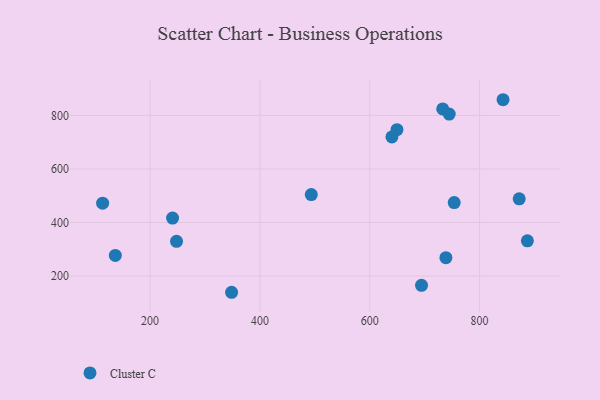
{"axis": {"x": "Investment", "y": "Demand"}, "legend": ["Cluster C"], "data": [{"x": "694.3", "y": 165.2, "type": "Cluster C"}, {"x": "493.5", "y": 504.5, "type": "Cluster C"}, {"x": "732.9", "y": 824.1, "type": "Cluster C"}, {"x": "753.8", "y": 474.6, "type": "Cluster C"}, {"x": "348.4", "y": 139.4, "type": "Cluster C"}, {"x": "136.6", "y": 276.9, "type": "Cluster C"}, {"x": "842.8", "y": 858.6, "type": "Cluster C"}, {"x": "744.7", "y": 805.1, "type": "Cluster C"}, {"x": "649.6", "y": 746.9, "type": "Cluster C"}, {"x": "738.7", "y": 268.6, "type": "Cluster C"}, {"x": "248.1", "y": 329.7, "type": "Cluster C"}, {"x": "872.2", "y": 488.5, "type": "Cluster C"}, {"x": "240.9", "y": 416.7, "type": "Cluster C"}, {"x": "640.4", "y": 719.5, "type": "Cluster C"}, {"x": "887.1", "y": 331.7, "type": "Cluster C"}, {"x": "113.5", "y": 472.1, "type": "Cluster C"}]}